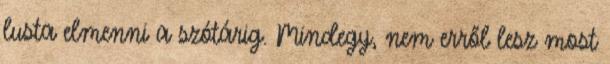
lusta elmenni a szótárig. Mindegy, nem erről lesz most